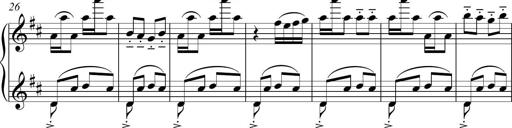
Title: Sonatina del HuÃ©car
Composer: JosÃ© Miguel Moreno Sabio